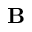
\mathbf { B }